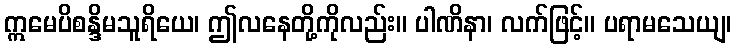
ဣမေပိစန္ဒိမသူရိယေ၊ ဤလနေတို့ကိုလည်း။ ပါဏိနာ၊ လက်ဖြင့်။ ပရာမသေယျ၊